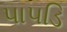
પાપડિ